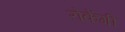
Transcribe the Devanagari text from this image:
रोकेंगी